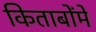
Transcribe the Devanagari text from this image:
किताबोंमे